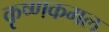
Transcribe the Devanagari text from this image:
कृष्णकमल